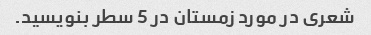
شعری در مورد زمستان در 5 سطر بنویسید.